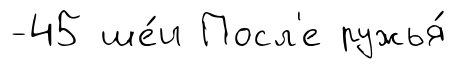
-45 ше́и Посл'е ружья́